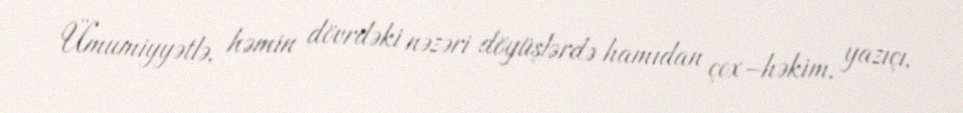
Ümumiyyətlə, həmin dövrdəki nəzəri döyüşlərdə hamıdan çox–həkim, yazıçı,